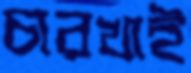
চারখাই